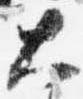
大